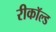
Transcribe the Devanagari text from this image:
रीकॉल्ड